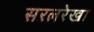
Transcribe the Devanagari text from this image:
सरलरेखा